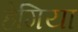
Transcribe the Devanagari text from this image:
हेगिया